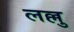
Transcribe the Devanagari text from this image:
लल्लु